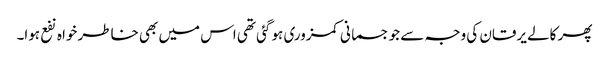
پھر کالے یرقان کی وجہ سے جو جسمانی کمزوری ہو گئی تھی اس میں بھی خاطر خواہ نفع ہوا۔